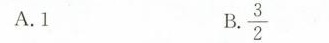
A.1 B.\frac{3}{2}